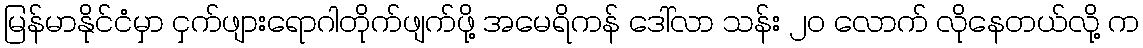
မြန်မာနိုင်ငံမှာ ငှက်ဖျားရောဂါတိုက်ဖျက်ဖို့ အမေရိကန် ဒေါ်လာ သန်း ၂၀ လောက် လိုနေတယ်လို့ က